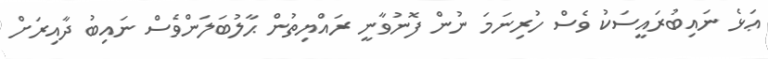
ޢަޅެ ނައިބުރައީސަކު ވެސް ހުރިނަމަ ނުން ފޮނުވާނީ ރައްޔިތުން ޙާލުބަލަންވެސް ނައިބު ދާއިރަށް